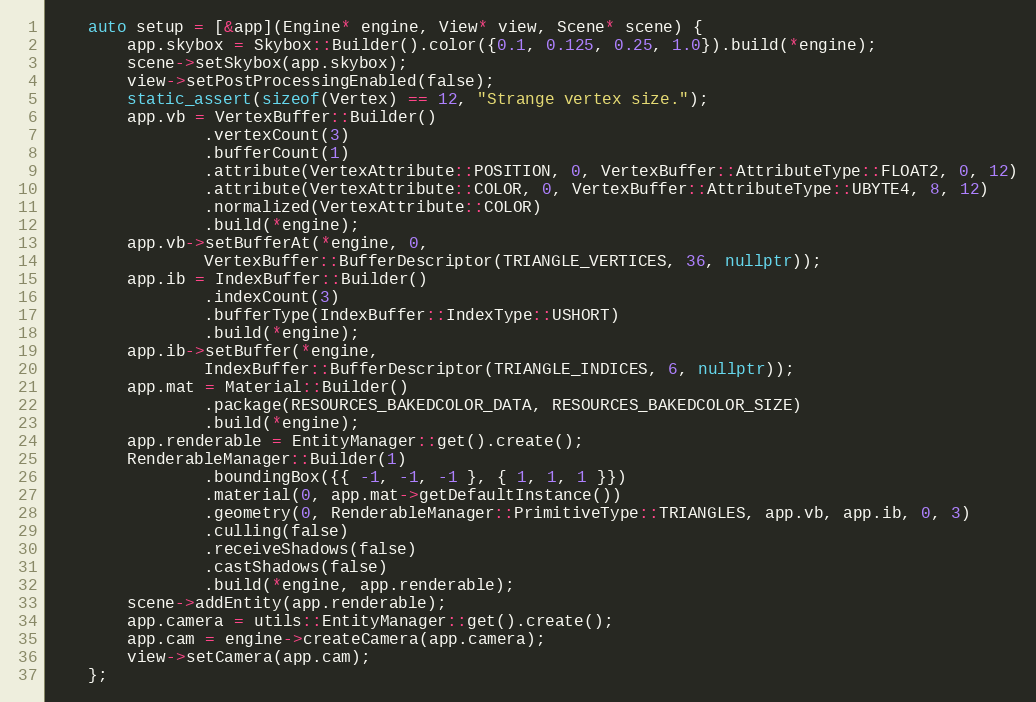
Language: C++
    auto setup = [&app](Engine* engine, View* view, Scene* scene) {
        app.skybox = Skybox::Builder().color({0.1, 0.125, 0.25, 1.0}).build(*engine);
        scene->setSkybox(app.skybox);
        view->setPostProcessingEnabled(false);
        static_assert(sizeof(Vertex) == 12, "Strange vertex size.");
        app.vb = VertexBuffer::Builder()
                .vertexCount(3)
                .bufferCount(1)
                .attribute(VertexAttribute::POSITION, 0, VertexBuffer::AttributeType::FLOAT2, 0, 12)
                .attribute(VertexAttribute::COLOR, 0, VertexBuffer::AttributeType::UBYTE4, 8, 12)
                .normalized(VertexAttribute::COLOR)
                .build(*engine);
        app.vb->setBufferAt(*engine, 0,
                VertexBuffer::BufferDescriptor(TRIANGLE_VERTICES, 36, nullptr));
        app.ib = IndexBuffer::Builder()
                .indexCount(3)
                .bufferType(IndexBuffer::IndexType::USHORT)
                .build(*engine);
        app.ib->setBuffer(*engine,
                IndexBuffer::BufferDescriptor(TRIANGLE_INDICES, 6, nullptr));
        app.mat = Material::Builder()
                .package(RESOURCES_BAKEDCOLOR_DATA, RESOURCES_BAKEDCOLOR_SIZE)
                .build(*engine);
        app.renderable = EntityManager::get().create();
        RenderableManager::Builder(1)
                .boundingBox({{ -1, -1, -1 }, { 1, 1, 1 }})
                .material(0, app.mat->getDefaultInstance())
                .geometry(0, RenderableManager::PrimitiveType::TRIANGLES, app.vb, app.ib, 0, 3)
                .culling(false)
                .receiveShadows(false)
                .castShadows(false)
                .build(*engine, app.renderable);
        scene->addEntity(app.renderable);
        app.camera = utils::EntityManager::get().create();
        app.cam = engine->createCamera(app.camera);
        view->setCamera(app.cam);
    };